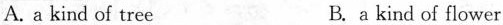
A. a kind of tree B.a kind of flower